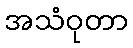
အသံဝုတာ